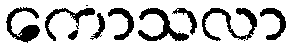
ကောသလာ